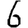
Digit: 6